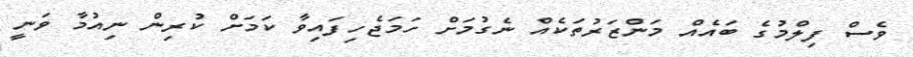
ވެސް ފިލްމުގެ ބައެއް މަންޒަރުތަކެއް ނެގުމަށް ހަމަޖެހިފައިވާ ކަމަށް ކުރިން ނިއުމާ ވަނީ